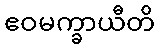
ဧဝမက္ခာယီတိ